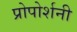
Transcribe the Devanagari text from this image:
प्रोपोर्शनी